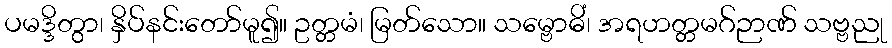
ပမဒ္ဒိတွာ၊ နှိပ်နင်းတော်မူ၍။ ဥတ္တမံ၊ မြတ်သော။ သမ္ဗောဓိံ၊ အရဟတ္တမဂ်ဉာဏ် သဗ္ဗညု